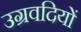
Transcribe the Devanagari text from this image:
उग्रवदियों